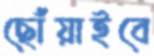
ছোঁয়াইবে